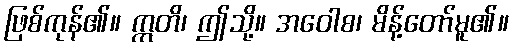
ဖြစ်ကုန်၏။ ဣတိ၊ ဤသို့။ အဝေါစ၊ မိန့်တော်မူ၏။